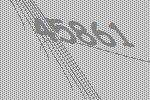
45861